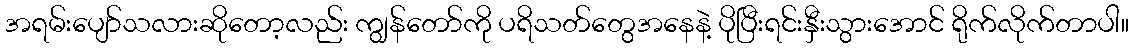
အရမ်းပျော်သလားဆိုတော့လည်း ကျွန်တော်ကို ပရိသတ်တွေအနေနဲ့ ပိုပြီးရင်းနှီးသွားအောင် ရိုက်လိုက်တာပါ။